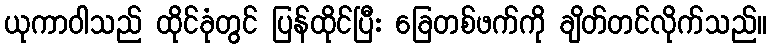
ယုကာဝါသည် ထိုင်ခုံတွင် ပြန်ထိုင်ပြီး ခြေတစ်ဖက်ကို ချိတ်တင်လိုက်သည်။